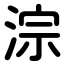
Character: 淙